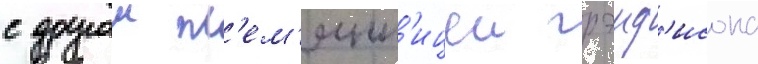
с другои пл'ем'янн'ицеи грэнд'исона